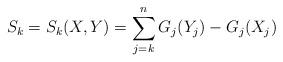
LaTeX: \begin{align*} S_k = S_k(X,Y) = \sum_{j=k}^n G_j(Y_j) - G_j(X_j)\end{align*}